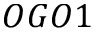
O G O 1